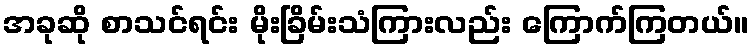
အခုဆို စာသင်ရင်း မိုးခြိမ်းသံကြားလည်း ကြောက်ကြတယ်။